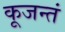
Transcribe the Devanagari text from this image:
कूजन्तं